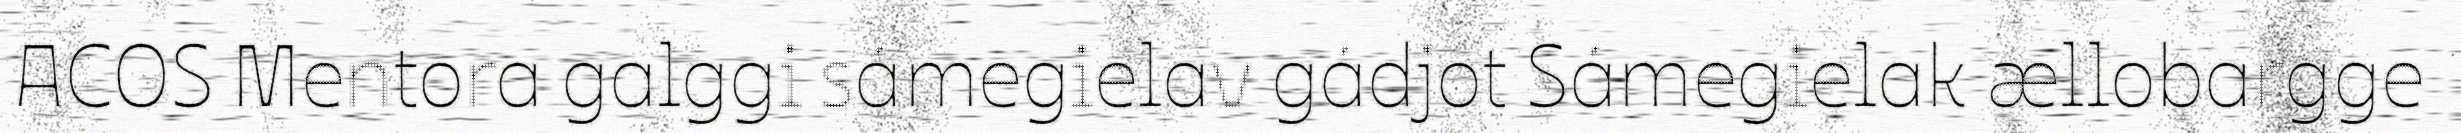
ACOS Mentora galggi sámegielav gádjot Sámegielak ællobargge